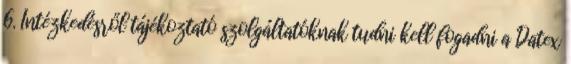
6. Intézkedésről tájékoztató szolgáltatóknak tudni kell fogadni a Datex